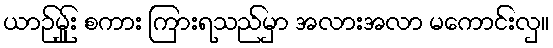
ယာဉ်မ်ှူး စကား ကြားရသည်မှာ အလားအလာ မကောင်းလှ။